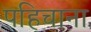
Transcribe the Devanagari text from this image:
पहिचाना